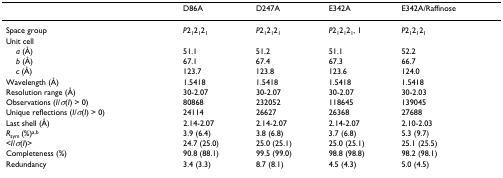
|  | D86A | D247A | E342A | E342A/Raffinose |
 | --- | --- | --- | --- | --- |
 | Space group | P212121 | P212121 | P212121, 1 | P212121 |
 | Unit cell |  |  |  |  |
 | a (Å) | 51.1 | 51.2 | 51.1 | 52.2 |
 | b (Å) | 67.1 | 67.4 | 67.3 | 66.7 |
 | c (Å) | 123.7 | 123.8 | 123.6 | 124.0 |
 | Wavelength (Å) | 1.5418 | 1.5418 | 1.5418 | 1.5418 |
 | Resolution range (Å) | 30-2.07 | 30-2.07 | 30-2.07 | 30-2.03 |
 | Observations (I/σ(I) > 0) | 80868 | 232052 | 118645 | 139045 |
 | Unique reflections (I/σ(I) > 0) | 24114 | 26627 | 26368 | 27688 |
 | Last shell (Å) | 2.14-2.07 | 2.14-2.07 | 2.14-2.07 | 2.10-2.03 |
 | Rsym (%)a,b | 3.9 (6.4) | 3.8 (6.8) | 3.7 (6.8) | 5.3 (9.7) |
 | <I/σ(I)> | 24.7 (25.0) | 25.0 (25.1) | 25.0 (25.1) | 25.1 (25.5) |
 | Completeness (%) | 90.8 (88.1) | 99.5 (99.0) | 98.8 (98.8) | 98.2 (98.1) |
 | Redundancy | 3.4 (3.3) | 8.7 (8.1) | 4.5 (4.3) | 5.0 (4.5) |